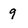
Character: 9